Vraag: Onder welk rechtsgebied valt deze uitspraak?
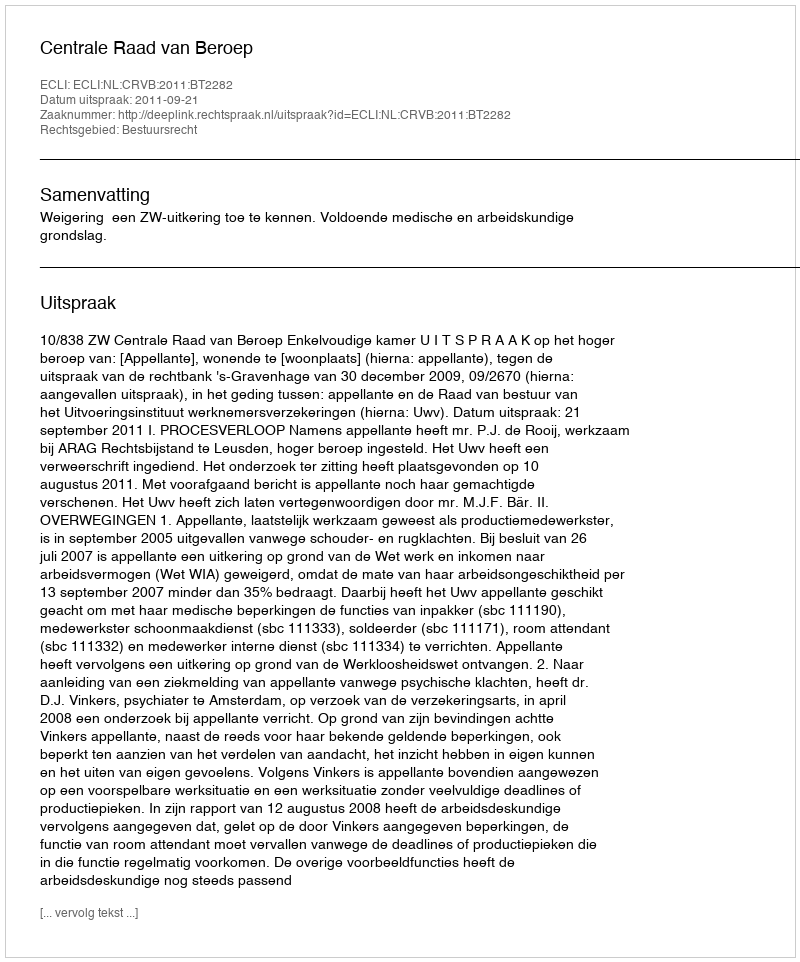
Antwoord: Bestuursrecht